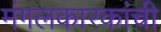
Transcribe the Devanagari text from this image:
मंगलकारकांची